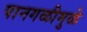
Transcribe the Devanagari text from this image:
पानगळीमुळे